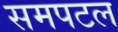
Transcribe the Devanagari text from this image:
समपटल